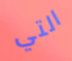
التي